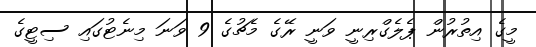
މީގެ އިތުރުން ޕެލެގްރިނީ ވަނީ ރޭގެ މެޗުގެ 9 ވަނަ މިނެޓުގައި ސިޓީގެ